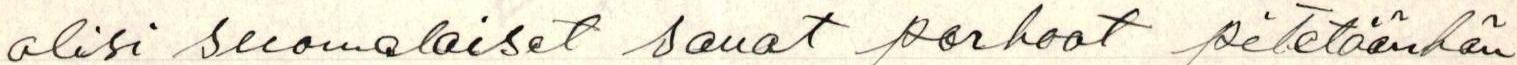
olisi suomalaiset sanat parhaat pitetäänhän